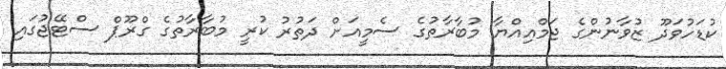
ކުޑަހުވަދޫ ޒުވާނުންގެ ޖަމްއިއްޔާ މުބާރާތުގެ ސެމީއަށް ދަތުރު ކުރީ މުބާރާތުގެ ގްރޫޕް ސްޓޭޖުގައި